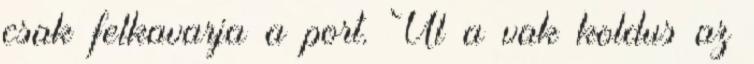
csak felkavarja a port. Ül a vak koldus az